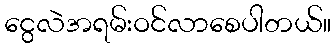
ငွေလဲအရမ်းဝင်လာစေပါတယ်။